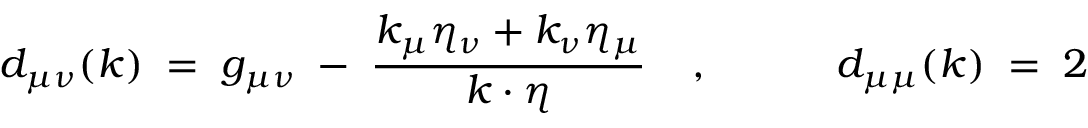
d _ { \mu \nu } ( k ) \; = \; g _ { \mu \nu } \; - \; \frac { k _ { \mu } \eta _ { \nu } + k _ { \nu } \eta _ { \mu } } { k \cdot \eta } \; \; \; \; , \; \; \; \; \; \; \; \; \; \; \; d _ { \mu \mu } ( k ) \; = \; 2